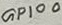
Text: GPIO0